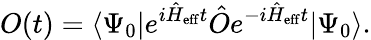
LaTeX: O(t)=\langle\Psi_{0}|e^{i\hat{H}_{\mathrm{eff}}t}\hat{O}e^{-i\hat{H}_{\mathrm{eff}}t}|\Psi_{0}\rangle.